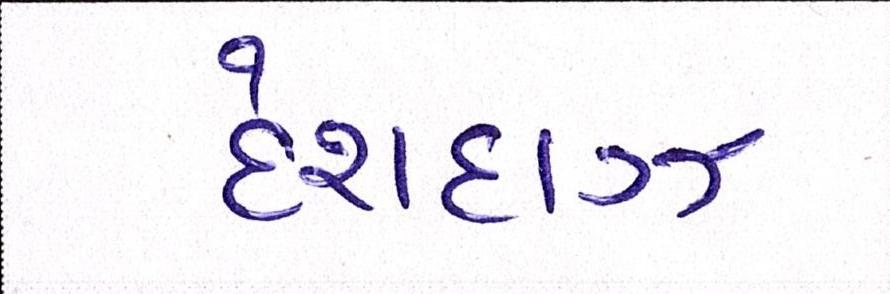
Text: દેશદાઝ